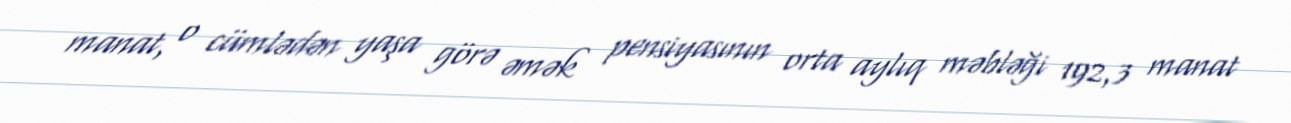
manat, o cümlədən yaşa görə əmək pensiyasının orta aylıq məbləği 192,3 manat